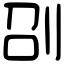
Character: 刟